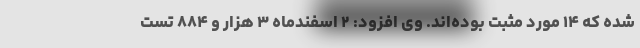
شده که ۱۴ مورد مثبت بوده‌اند. وی افزود: ۲ اسفندماه ۳ هزار و ۸۸۴ تست